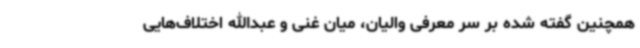
همچنین گفته شده بر سر معرفی والیان، میان غنی و عبدالله اختلاف‌هایی